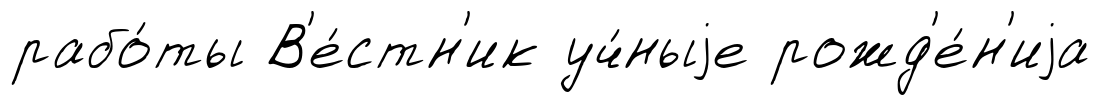
рабо́ты В'е́стн'ик уч́ныjе рожд'е́н'иjа